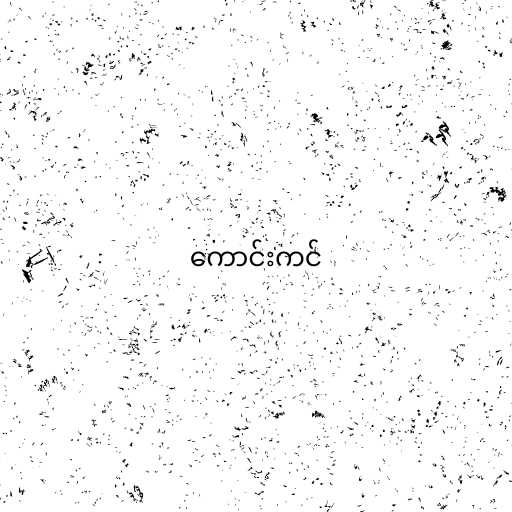
ကောင်းကင်